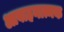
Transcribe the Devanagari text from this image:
आवाहनात्मक